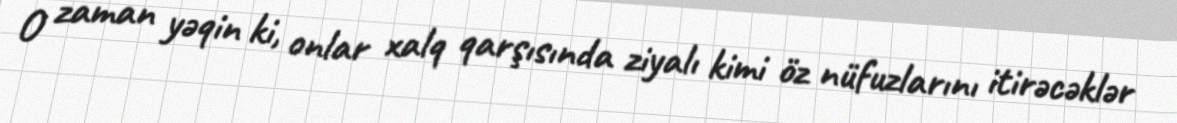
O zaman yəqin ki, onlar xalq qarşısında ziyalı kimi öz nüfuzlarını itirəcəklər